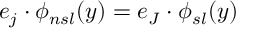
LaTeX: e _ { j } \cdot \phi _ { n s l } ( y ) = e _ { J } \cdot \phi _ { s l } ( y )